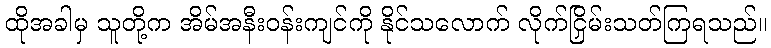
ထိုအခါမှ သူတို့က အိမ်အနီးဝန်းကျင်ကို နိုင်သလောက် လိုက်ငြှိမ်းသတ်ကြရသည်။